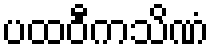
ပထဝီကသိဏံ